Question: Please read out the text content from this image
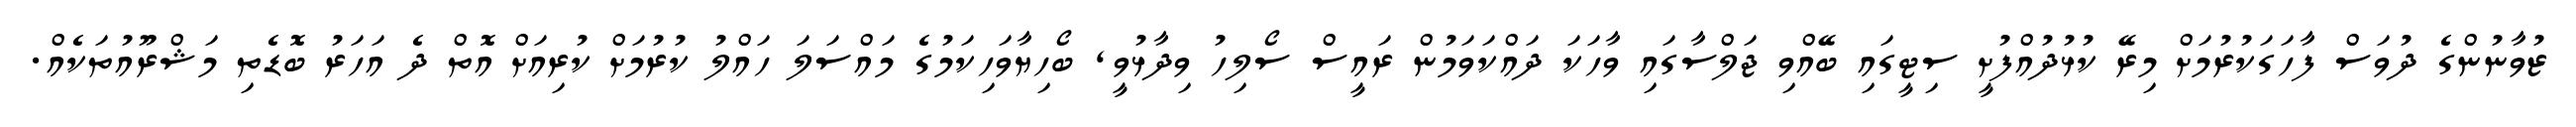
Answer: ޒުވާނުންގެ ދުވަސް ފާހަގަކުރުމަށް މިރޭ ކުޅުދުއްފުށީ ސިޓީގައި ބޭއްވި ޖަލްސާގައި ވާހަކަ ދައްކަވަމުން ރައީސް ސޯލިހު ވިދާޅުވީ, ބޯހިޔާވަހިކަމުގެ މައްސަލަ ހައްލު ކުރުމަށް ކުރިއަށް އޮތް ދެ އަހަރު ބޮޑެތި މަޝްރޫއުތަކެއް.